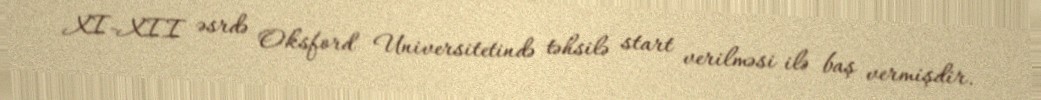
XI-XII əsrdə Oksford Universitetində təhsilə start verilməsi ilə baş vermişdir.